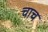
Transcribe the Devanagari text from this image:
चाच